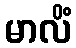
မာလိံ